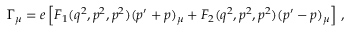
\Gamma _ { \mu } = e \left[ F _ { 1 } ( q ^ { 2 } , p ^ { 2 } , p ^ { 2 } ) ( p ^ { \prime } + p ) _ { \mu } + F _ { 2 } ( q ^ { 2 } , p ^ { 2 } , p ^ { 2 } ) ( p ^ { \prime } - p ) _ { \mu } \right] \, ,